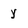
Character: y